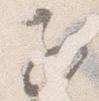
子